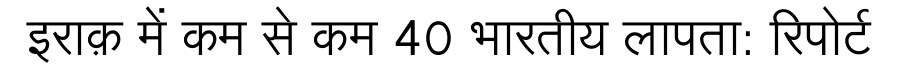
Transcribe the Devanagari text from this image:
इराक़ में कम से कम 40 भारतीय लापता: रिपोर्ट